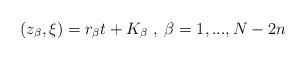
LaTeX: \begin{align*}(z_{\beta}, \xi) = r_{\beta}t + K_{\beta}\;,\; \beta = 1,...,N-2n\end{align*}